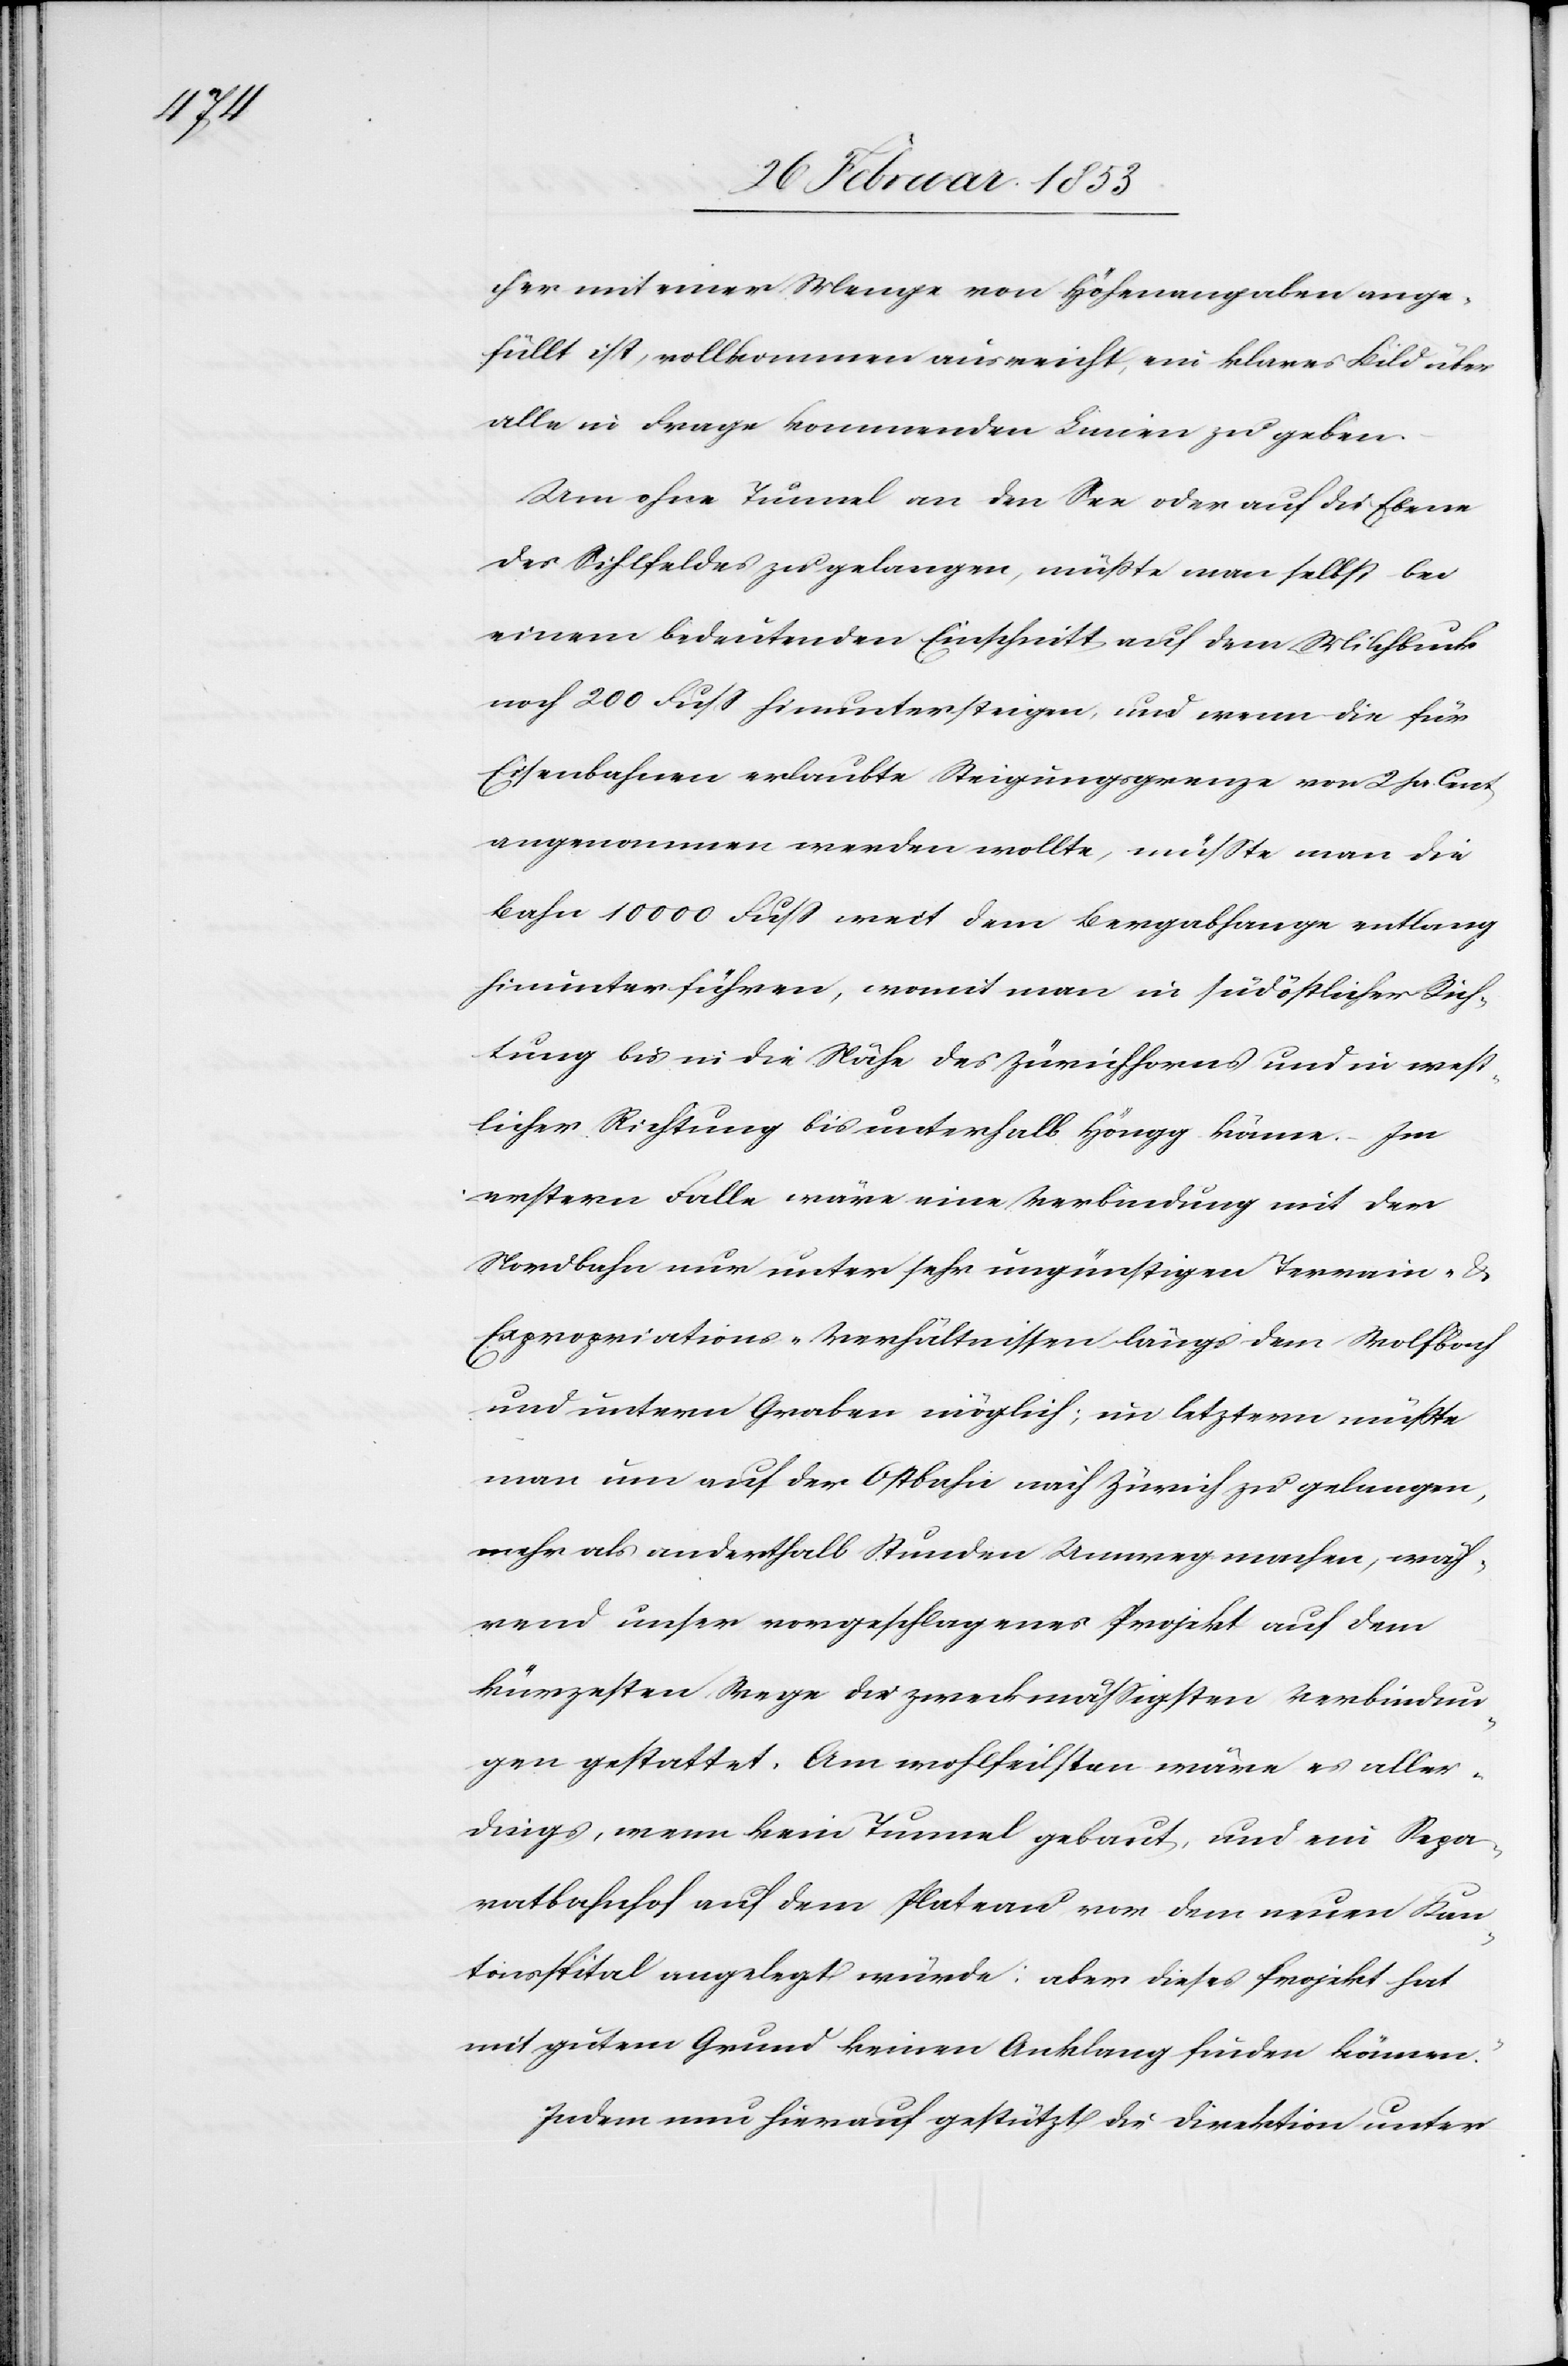
cher mit einer Menge von Höhenangaben ange¬
füllt ist, vollkommen ausreicht, ein klares Bild über
alle in Frage kommenden Linien zu geben.
Um ohne Tunnel an den See oder auf die Ebene
des Sihlfeldes zu gelangen, müßte man selbst bei
einem bedeutenden Einschnitt auf dem Milchbuck
noch 200 Fuß hinunter steigen, und wenn die für
Eisenbahnen erbaute Steigungsgrenze von 2 pr. Cent
angenommen werden wollte, müßte man die
Bahn 10000 Fuß weit dem Bergabhange entlang
hinunter führen, womit man in südöstlicher Rich¬
tung bis in die Nähe des Zürichhorns und in west¬
licher Richtung bis unterhalb Höngg käme. Im
erstern Falle wäre eine Verbindung mit der
Nordbahn nur unter sehr ungünstigem Terrain- u.
Expropriations-Verhältnissen längs den Wolfbach
und untern Graben möglich; im letztern müßte
man um auf der Ostbahn nach Zürich zu gelangen,
mehr als anderthalb Stunden Umweg machen, wäh¬
rend unser vorgeschlagenes Projekt auf dem
kürzesten Wege die zweckmäßigsten Verbindun¬
gen gestattet. Am wohlfeilsten wäre es aller¬
dings, wenn kein Tunnel gebaut, und ein Repa¬
ratbahnhof auf dem Plateau vor dem neuen Kau¬
tionsspital angelegt würde: aber dieses Projekt hat
mit gutem Grund keinen Anklang finden können.“
Indem nun hierauf gestützt die Direktion unter